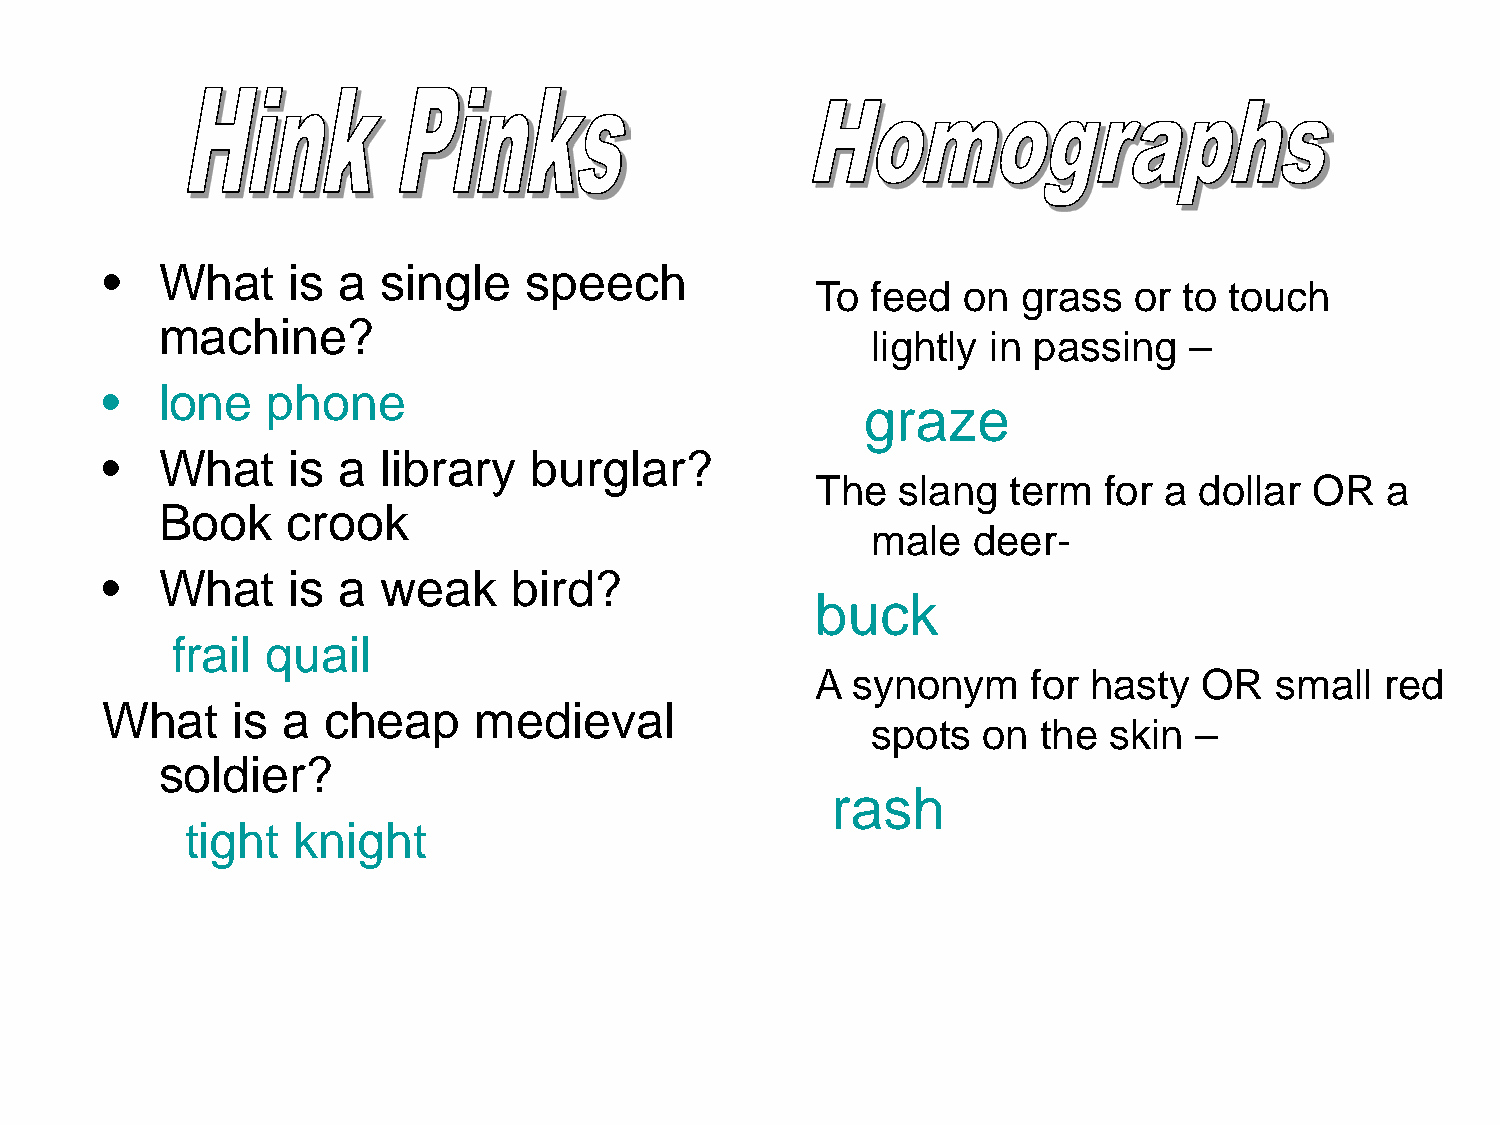
•   What    is a  single    speech
 To  feed  on  grass  or to touch
 machine?
 lightly in passing   –
 •   lone   phone
 graze
 •   What    is a  library   burglar?
 The  slang   term  for a dollar  OR   a
 Book    crook
 male  deer-
 •   What    is a  weak     bird?
 buck
 frail  quail
 A synonym     for hasty   OR  small   red
 What    is  a  cheap    medieval
 spots  on  the skin  –
 soldier?
 rash
 tight  knight